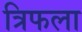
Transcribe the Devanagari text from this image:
त्रिफला